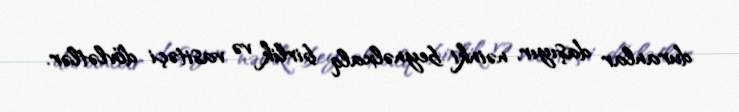
duranlar daşıyır, nəinki beynəlxalq birlik və vasitəçi dövlətlər.